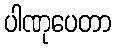
ပါဏုပေတာ